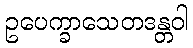
ဥပေက္ခာသေတဒန္တဝါ